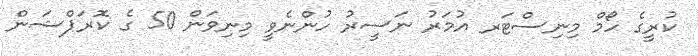
ކުރީގެ ހޯމް މިނިސްޓަރ އުމަރު ނަސީރު ހުންނެވީ މިނިވަން 50 ގެ ކޮރަޕްޝަން